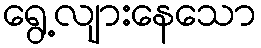
ရွေ့လျားနေသော